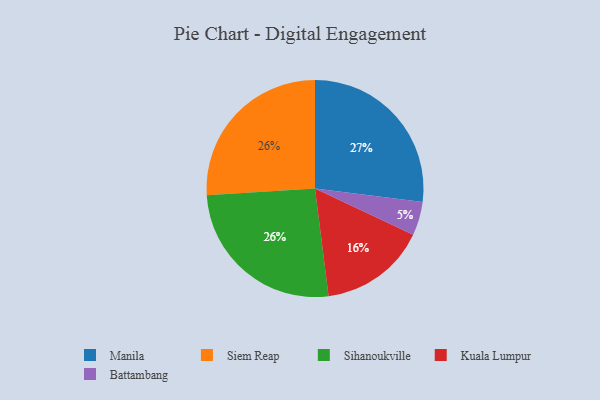
{"axis": {"x": "Category", "y": "Percentage"}, "legend": ["Battambang", "Kuala Lumpur", "Manila", "Siem Reap", "Sihanoukville"], "data": [{"x": "Manila", "y": 27, "type": "Manila"}, {"x": "Kuala Lumpur", "y": 16, "type": "Kuala Lumpur"}, {"x": "Siem Reap", "y": 26, "type": "Siem Reap"}, {"x": "Battambang", "y": 5, "type": "Battambang"}, {"x": "Sihanoukville", "y": 26, "type": "Sihanoukville"}]}